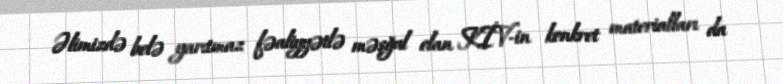
Əlimizdə belə yarıtmaz fəaliyyətlə məşğul olan KİV-in konkret materialları da